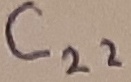
Text: C22